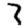
Digit: 3